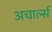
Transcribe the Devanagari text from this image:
अचार्ल्स